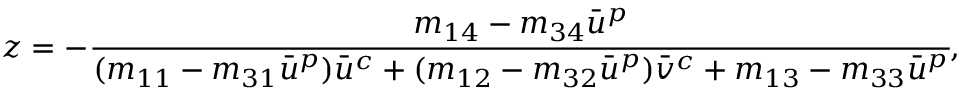
\begin{array} { r } { z = - \cfrac { m _ { 1 4 } - m _ { 3 4 } \bar { u } ^ { p } } { ( m _ { 1 1 } - m _ { 3 1 } \bar { u } ^ { p } ) \bar { u } ^ { c } + ( m _ { 1 2 } - m _ { 3 2 } \bar { u } ^ { p } ) \bar { v } ^ { c } + m _ { 1 3 } - m _ { 3 3 } \bar { u } ^ { p } } , } \end{array}